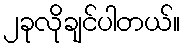
၂ခုလိုချင်ပါတယ်။